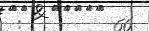
: